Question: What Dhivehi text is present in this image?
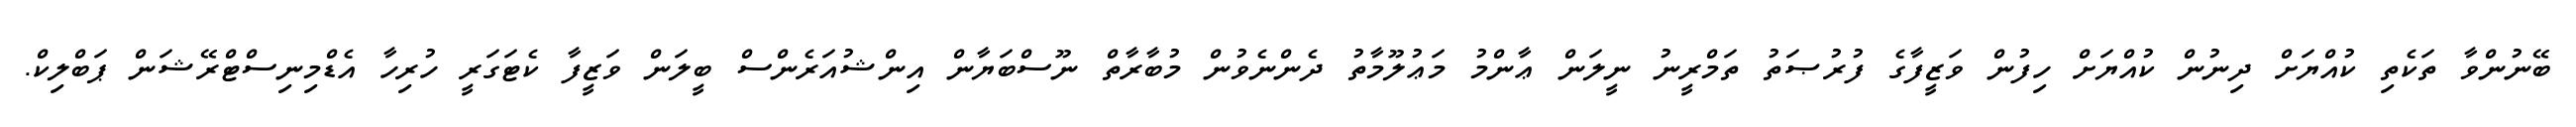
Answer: ބޭނުންވާ ތަކެތި ކުއްޔަށް ދިނުން ކުއްޔަށް ހިފުން ވަޒީފާގެ ފުރުޞަތު ތަމްރީނު ނީލަން ޢާންމު މަޢުލޫމާތު ދެންނެވުން މުބާރާތް ނޫސްބަޔާން އިންޝުއަރެންސް ބީލަން ވަޒީފާ ކެޓަގަރީ ހުރިހާ އެޑްމިނިސްޓްރޭޝަން ޕަބްލިކް.